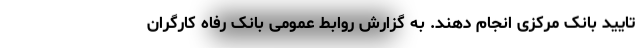
تایید بانک مرکزی انجام دهند. به گزارش روابط عمومی بانک رفاه کارگران